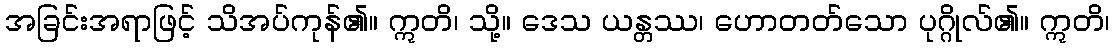
အခြင်းအရာဖြင့် သိအပ်ကုန်၏။ ဣတိ၊ သို့။ ဒေသ ယန္တဿ၊ ဟောတတ်သော ပုဂ္ဂိုလ်၏။ ဣတိ၊